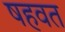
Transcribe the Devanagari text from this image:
षहवत